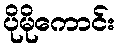
ပိုမိုကောင်း